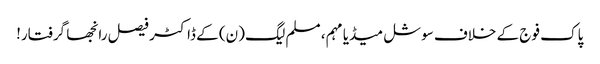
پاک فوج کے خلاف سوشل میڈیا مہم، مسلم لیگ (ن) کے ڈاکٹر فیصل رانجھا گرفتار!